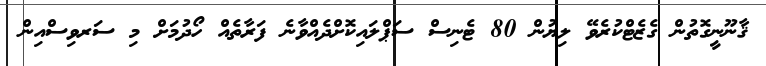
ޤާނޫނީގޮތުން ގެޒެޓްކުރެވޭ ލިޔުން 80 ޓެނިސް ސަޕްލައިކޮށްދެއްވާނެ ފަރާތެއް ހޯދުމަށް މި ސަރވިސްއިން